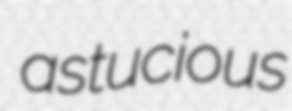
astucious